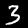
Label: 3